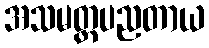
အသမတ္တပညတာယ